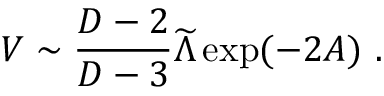
V \sim { \frac { D - 2 } { D - 3 } } { \widetilde { \Lambda } } \exp ( - 2 A ) ~ .